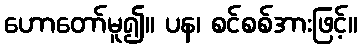
ဟောတော်မူ၍။ ပန၊ စင်စစ်အားဖြင့်။